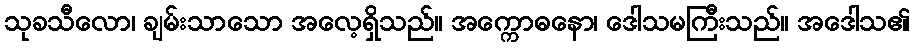
သုခသီလော၊ ချမ်းသာသော အလေ့ရှိသည်။ အက္ကောဓနော၊ ဒေါသမကြီးသည်။ အဒေါသ၏